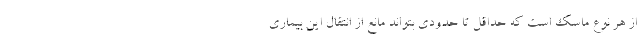
از هر نوع ماسک است که حداقل تا حدودی بتواند مانع از انتقال این بیماری